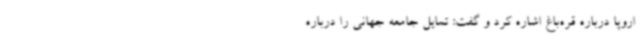
اروپا درباره قره‌باغ اشاره کرد و گفت: تمایل جامعه جهانی را درباره